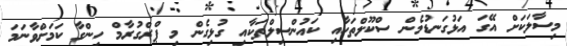
މިސާލަކަށް އޭގަ އަޅުގަނޑުމެން ސްކޫލްތަކާއި ކައުންސިލްތަކާއި ގުޅިގެން މި ޕްރްގުރާމް ހިންގާ ކަމަށްވާނަމަ